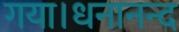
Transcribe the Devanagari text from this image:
गया।धनानन्द